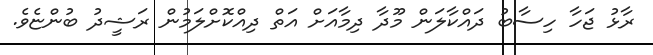
ރާޅު ޖަހާ ހިސާބު ދައްކާލަން މޫދާ ދިމާއަށް އަތް ދިއްކޮށްލަމުން ރަޝީދު ބުންޏެވެ.